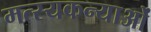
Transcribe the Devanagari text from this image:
मत्स्यकन्याओं